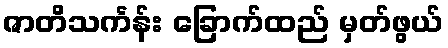
ဇာတိသင်္ကန်း ခြောက်ထည် မှတ်ဖွယ်